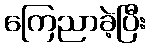
ကြေညာခဲ့ပြီး